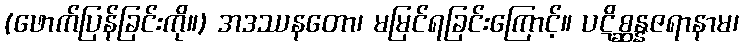
(ဖောက်ပြန်ခြင်းကို။) အဒဿနတော၊ မမြင်ရခြင်းကြောင့်။ ပဋိစ္ဆန္နဇရာနာမ၊